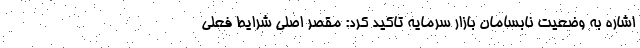
اشاره به وضعیت نابسامان بازار سرمایه تاکید کرد: مقصر اصلی شرایط فعلی